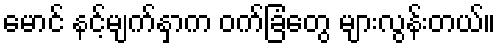
မောင် နင့်မျက်နှာက ဝက်ခြံတွေ များလွန်းတယ်။